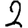
Digit: 2